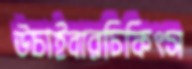
উচাইবারচিকিৎস